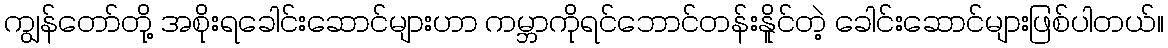
ကျွန်တော်တို့ အစိုးရခေါင်းဆောင်များဟာ ကမ္ဘာကိုရင်ဘောင်တန်းနိူင်တဲ့ ခေါင်းဆောင်များဖြစ်ပါတယ်။